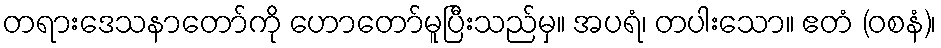
တရားဒေသနာတော်ကို ဟောတော်မူပြီးသည်မှ။ အပရံ၊ တပါးသော။ ဧတံ (ဝစနံ)၊